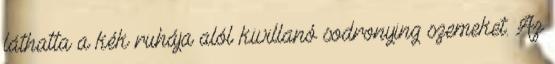
láthatta a kék ruhája alól kivillanó sodronying szemeket. Az